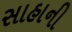
સાહાની